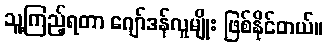
သူ့ကြည့်ရတာ ဂျော်ဒန်လူမျိုး ဖြစ်နိုင်တယ်။